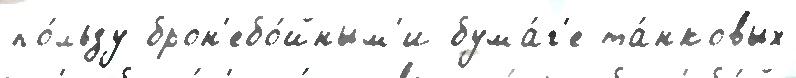
по́льзу брон'ебо́йным'и бума́г'е та́нковых